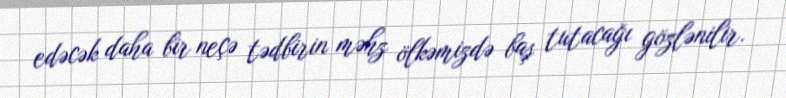
edəcək daha bir neçə tədbirin məhz ölkəmizdə baş tutacağı gözlənilir.